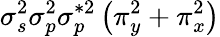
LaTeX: \sigma_{s}^{2}\sigma_{p}^{2}\sigma_{p}^{*2}\left(\pi_{y}^{2}+\pi_{x}^{2}\right)